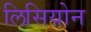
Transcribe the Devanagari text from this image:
लिसियोन